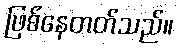
ဖြစ်နေတတ်သည်။